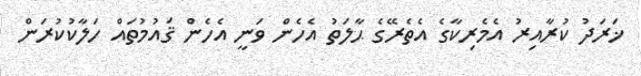
ޚަރަދު ކުރާއިރު އެމެރިކާގެ އެތެރޭގެ ޙާލަތު އެހެން ވަނީ އެހެން ޤައުމުތައް ހަލާކުކުރަން